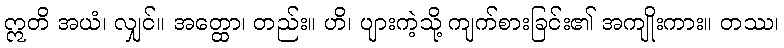
ဣတိ အယံ၊ လျှင်။ အတ္ထော၊ တည်း။ ဟိ၊ ပျားကဲ့သို့ ကျက်စားခြင်း၏ အကျိုးကား။ တဿ၊